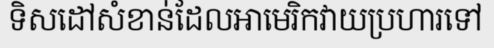
ទិសដៅសំខាន់ដែលអាមេរិកវាយប្រហារទៅ